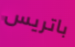
باتريس